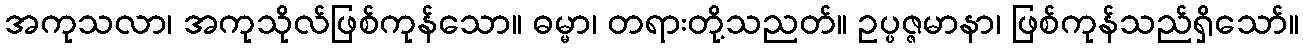
အကုသလာ၊ အကုသိုလ်ဖြစ်ကုန်သော။ ဓမ္မာ၊ တရားတို့သညတ်။ ဥပ္ပဇ္ဇမာနာ၊ ဖြစ်ကုန်သည်ရှိသော်။